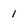
Character: I